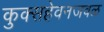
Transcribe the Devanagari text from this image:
कुक्सहेवनजवळ